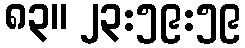
၈၃။ ၂၃:၅၉:၅၉